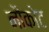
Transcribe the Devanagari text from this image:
नौकोट